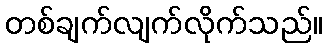
တစ်ချက်လျက်လိုက်သည်။